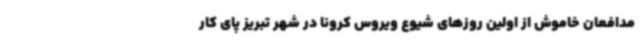
مدافعان خاموش از اولین روزهای شیوع ویروس کرونا در شهر تبریز پای کار